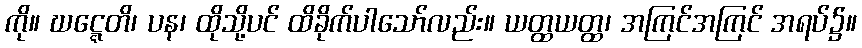
ကို။ ဃဋ္ဋေတိ၊ ပန၊ ထိုသို့ပင် ထိခိုက်ပါသော်လည်း။ ယတ္ထယတ္ထ၊ အကြင်အကြင် အရပ်၌။